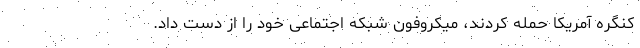
کنگره آمریکا حمله کردند، میکروفون شبکه اجتماعی خود را از دست داد.